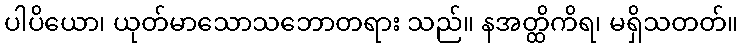
ပါပိယော၊ ယုတ်မာသောသဘောတရား သည်။ နအတ္ထိကိရ၊ မရှိသတတ်။